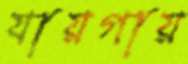
যায়গায়